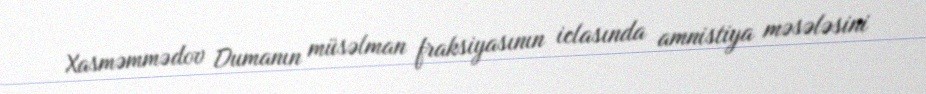
Xasməmmədov Dumanın müsəlman fraksiyasının iclasında amnistiya məsələsini